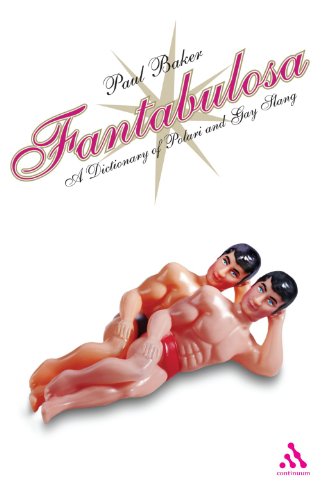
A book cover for Fantabulosa: A Dictionary of Polari and Gay Slang; Paul Baker; Gay & Lesbian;